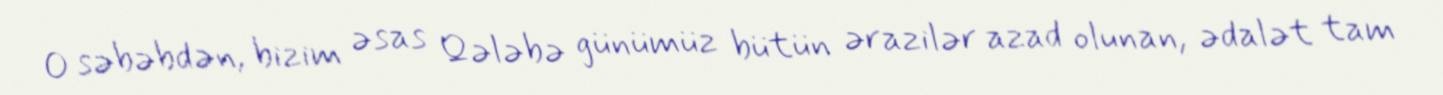
O səbəbdən, bizim əsas Qələbə günümüz bütün ərazilər azad olunan, ədalət tam